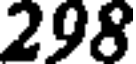
298